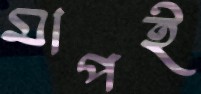
মাপই